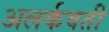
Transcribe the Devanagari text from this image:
अलर्कवती